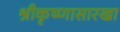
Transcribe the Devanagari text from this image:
श्रीकृष्णासारखा